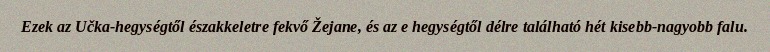
Ezek az Učka-hegységtől északkeletre fekvő Žejane, és az e hegységtől délre található hét kisebb-nagyobb falu.